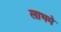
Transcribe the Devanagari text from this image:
लाभमे